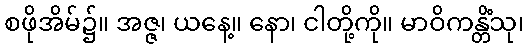
စဖိုအိမ်၌။ အဇ္ဇ၊ ယနေ့။ နော၊ ငါတို့ကို။ မာဝိကန္တိံသု၊